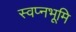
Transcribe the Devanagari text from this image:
स्वप्नभूमि